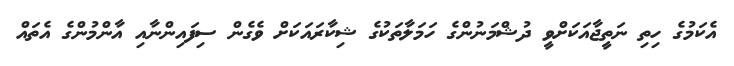
އެކަމުގެ ހިތި ނަތީޖާއަކަށްވީ ދުޝްމަނުންގެ ހަމަލާތަކުގެ ޝިކާރައަކަށް ވެގެން ސިފައިންނާއި އާންމުންގެ އެތައް